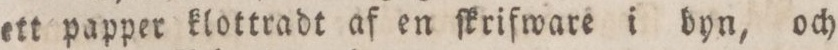
ett papper klottradt af en ſkrifware i byn, och